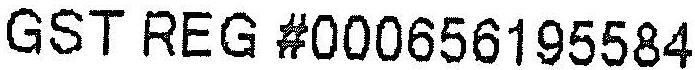
GST REG #000656195584